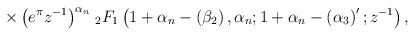
\begin{align*}\times \left( e^\pi z^{-1}\right)^{\alpha _n}\;\!_2F_1\left(1+\alpha_n-\left( \beta _2\right) ,\alpha _n;1+\alpha _n-\left( \alpha_3\right)^{\prime };z^{-1}\right) ,\end{align*}